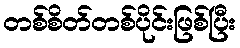
တစ်စိတ်တစ်ပိုင်းဖြစ်ပြီး